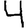
Digit: 4